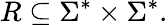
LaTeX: R\subseteq\Sigma^{*}\times\Sigma^{*}.